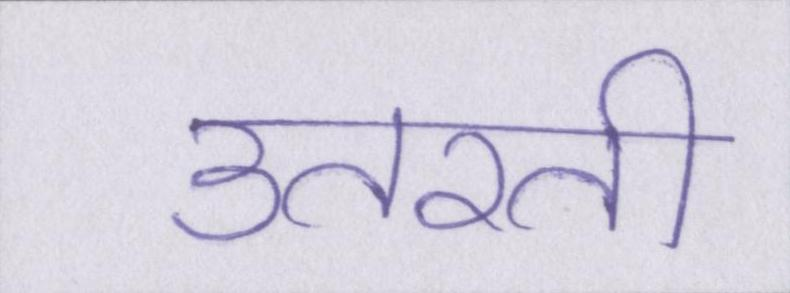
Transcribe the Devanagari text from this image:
उतरती